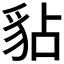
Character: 𧲸